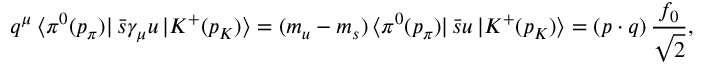
q ^ { \mu } \, \langle \pi ^ { 0 } ( p _ { \pi } ) | \, \bar { s } \gamma _ { \mu } u \, | K ^ { + } ( p _ { K } ) \rangle = ( m _ { u } - m _ { s } ) \, \langle \pi ^ { 0 } ( p _ { \pi } ) | \, \bar { s } u \, | K ^ { + } ( p _ { K } ) \rangle = ( p \cdot q ) \, \frac { f _ { 0 } } { \sqrt { 2 } } ,